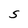
Character: S